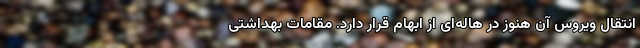
انتقال ویروس آن هنوز در هاله‌ای از ابهام قرار دارد. مقامات بهداشتی